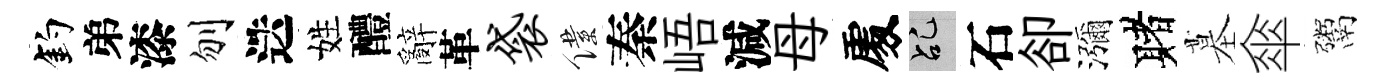
釣弟漆刎迭姓醴辭革袋僕秦峿減母𠁅乩石卻瀰赌墓傘鬻